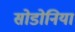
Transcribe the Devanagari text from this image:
सोडोनिया